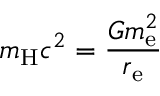
m _ { \mathrm { H } } c ^ { 2 } = { \frac { G m _ { \mathrm { e } } ^ { 2 } } { r _ { \mathrm { e } } } }